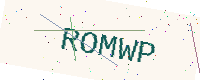
Text: ROMWP